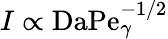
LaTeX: I\propto\textrm{Da}\mathrm{Pe}_{\gamma}^{-1/2}